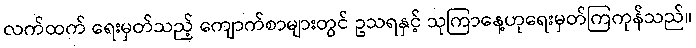
လက်ထက် ရေးမှတ်သည့် ကျောက်စာများတွင် ဥသရနှင့် သုကြာနေ့ဟုရေးမှတ်ကြကုန်သည်။